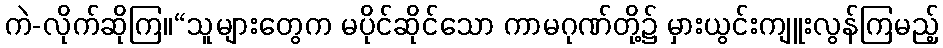
ကဲ-လိုက်ဆိုကြ။“သူများတွေက မပိုင်ဆိုင်သော ကာမဂုဏ်တို့၌ မှားယွင်းကျူးလွန်ကြမည့်